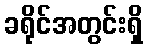
ခရိုင်အတွင်းရှိ